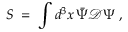
S \; = \; \int d ^ { 3 } x \, \bar { \Psi } { \mathcal D } \Psi \; ,